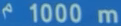
m1000m